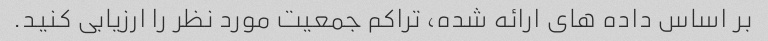
بر اساس داده های ارائه شده، تراکم جمعیت مورد نظر را ارزیابی کنید.